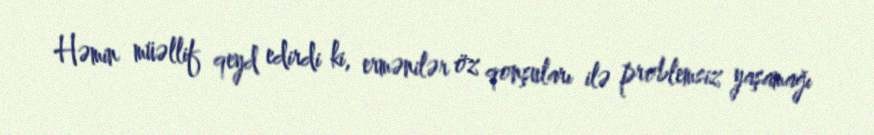
Həmin müəllif qeyd edirdi ki, ermənilər öz qonşuları ilə problemsiz yaşamağı